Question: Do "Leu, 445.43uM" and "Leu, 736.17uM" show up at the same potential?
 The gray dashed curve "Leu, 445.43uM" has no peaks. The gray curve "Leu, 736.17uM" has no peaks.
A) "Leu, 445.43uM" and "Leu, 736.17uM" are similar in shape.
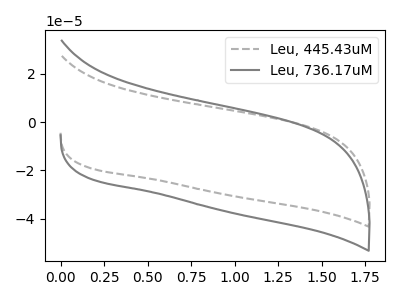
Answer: <think>Neither "Leu, 445.43uM" or "Leu, 736.17uM" have any peaks.
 </think>
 <answer>A) "Leu, 445.43uM" and "Leu, 736.17uM" are similar in shape.</answer>
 <eval>A</eval>